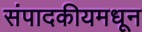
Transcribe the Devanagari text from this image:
संपादकीयमधून